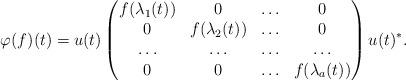
LaTeX: \begin{align*}\varphi(f)(t)=u(t)\begin{pmatrix}f(\lambda_1(t))& 0 &\hdots & 0\\0 & f(\lambda_2(t))& \hdots & 0\\\hdots &\hdots &\hdots & \hdots\\0& 0 & \hdots & f(\lambda_a(t))\end{pmatrix} u(t)^{\ast}.\end{align*}